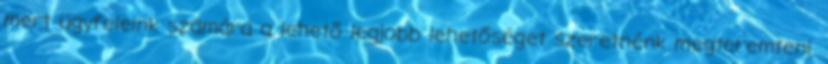
mert ügyfeleink számára a lehető legjobb lehetőséget szeretnénk megteremteni.